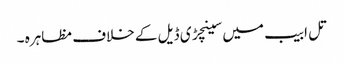
تل ابیب میں سینچڑی ڈیل کے خلاف مظاہرہ ۔